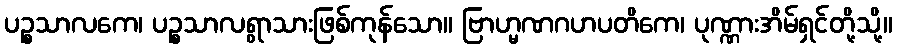
ပဉ္စသာလကေ၊ ပဉ္စသာလရွာသားဖြစ်ကုန်သော။ ဗြာဟ္မဏဂဟပတိကေ၊ ပုဏ္ဏားအိမ်ရှင်တို့သို့။